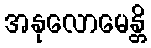
အနုလောမေန္တိ